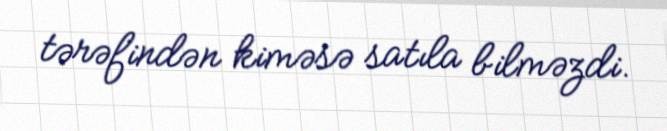
tərəfindən kiməsə satıla bilməzdi.